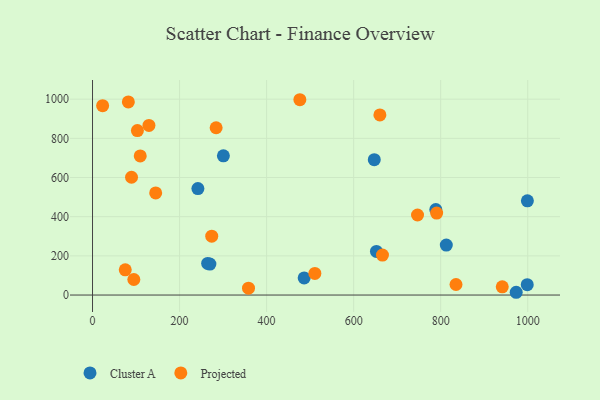
{"axis": {"x": "Engine Size", "y": "Yield"}, "legend": ["Cluster A", "Projected"], "data": [{"x": "647.4", "y": 690.8, "type": "Cluster A"}, {"x": "973.5", "y": 14.1, "type": "Cluster A"}, {"x": "242.1", "y": 543.4, "type": "Cluster A"}, {"x": "998.9", "y": 52.9, "type": "Cluster A"}, {"x": "486.3", "y": 87.6, "type": "Cluster A"}, {"x": "300.7", "y": 710.8, "type": "Cluster A"}, {"x": "652.4", "y": 222.8, "type": "Cluster A"}, {"x": "812.9", "y": 255.3, "type": "Cluster A"}, {"x": "999.2", "y": 481.0, "type": "Cluster A"}, {"x": "788.8", "y": 436.8, "type": "Cluster A"}, {"x": "269.7", "y": 158.1, "type": "Cluster A"}, {"x": "264.5", "y": 161.5, "type": "Cluster A"}, {"x": "82.3", "y": 986.0, "type": "Projected"}, {"x": "75.2", "y": 128.9, "type": "Projected"}, {"x": "941.5", "y": 41.9, "type": "Projected"}, {"x": "103.1", "y": 839.7, "type": "Projected"}, {"x": "660.3", "y": 919.5, "type": "Projected"}, {"x": "835.2", "y": 53.9, "type": "Projected"}, {"x": "145.1", "y": 521.2, "type": "Projected"}, {"x": "23.2", "y": 966.6, "type": "Projected"}, {"x": "666.2", "y": 203.8, "type": "Projected"}, {"x": "273.9", "y": 300.4, "type": "Projected"}, {"x": "129.6", "y": 865.9, "type": "Projected"}, {"x": "476.4", "y": 997.1, "type": "Projected"}, {"x": "94.9", "y": 79.2, "type": "Projected"}, {"x": "746.8", "y": 408.5, "type": "Projected"}, {"x": "284.0", "y": 854.1, "type": "Projected"}, {"x": "510.9", "y": 110.2, "type": "Projected"}, {"x": "89.6", "y": 601.4, "type": "Projected"}, {"x": "358.4", "y": 34.8, "type": "Projected"}, {"x": "109.6", "y": 710.4, "type": "Projected"}, {"x": "790.7", "y": 418.2, "type": "Projected"}]}